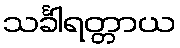
သင်္ခါရတ္တာယ